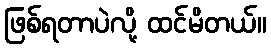
ဖြစ်ရတာပဲလို့ ထင်မိတယ်။